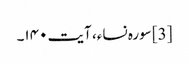
[3] سورہ نساء، آیت ۱۴۰۔